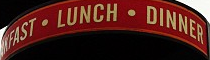
MFAST LUNCH DINNER